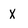
Character: X